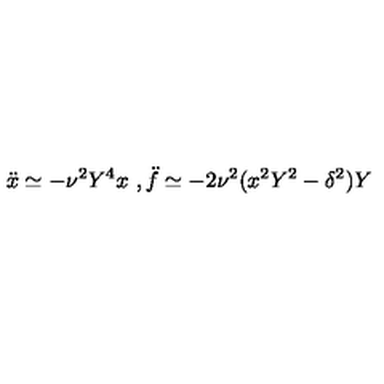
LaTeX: { \ddot { x } } \simeq - \nu ^ { 2 } Y ^ { 4 } x \ , { \ddot { f } } \simeq - 2 \nu ^ { 2 } ( x ^ { 2 } Y ^ { 2 } - \delta ^ { 2 } ) Y